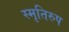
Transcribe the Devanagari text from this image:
स्मृतिरुप